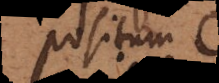
positum C